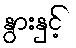
နွားနှင့်